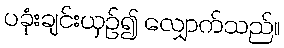
ပခုံးချင်းယှဉ်၍ လျှောက်သည်။